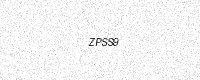
Text: ZPSS9